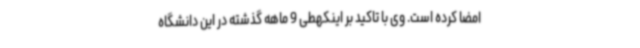
امضا کرده است. وی با تاکید بر اینکهطی 9 ماهه گذشته در این دانشگاه